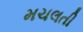
મચલતી